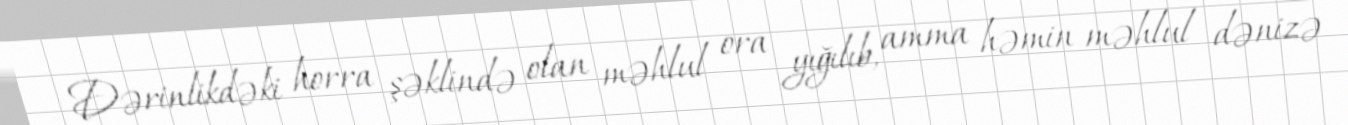
Dərinlikdəki horra şəklində olan məhlul ora yığılıb, amma həmin məhlul dənizə